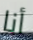
أنا